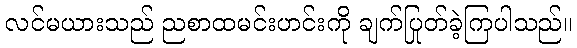
လင်မယားသည် ညစာထမင်းဟင်းကို ချက်ပြုတ်ခဲ့ကြပါသည်။